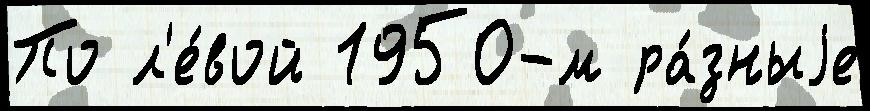
По л'е́вой 1950-м ра́зныjе